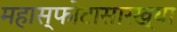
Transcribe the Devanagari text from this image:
महास्फोटासारख्या